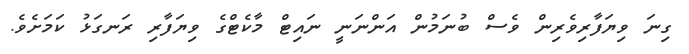
ގިނަ ވިޔަފާރިވެރިން ވެސް ބުނަމުން އަންނަނީ ނައިޓް މާކެޓްގެ ވިޔަފާރި ރަނގަޅު ކަމަށެވެ.